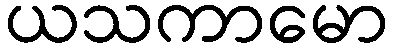
ယသကာမော